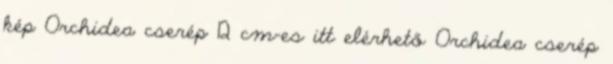
kép Orchidea cserép 12 cm-es itt elérhető Orchidea cserép